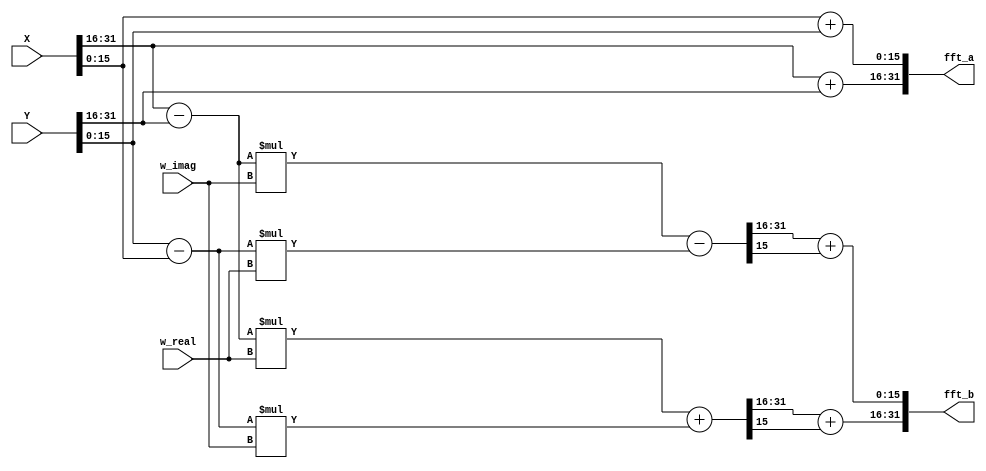
module FFT_PE(X, Y, w_real, w_imag, fft_a, fft_b);
input        [31:0] X;
input        [31:0] Y;
input signed [17:0] w_real;
input signed [17:0] w_imag;
output       [31:0] fft_a;
output       [31:0] fft_b;

wire  signed [15:0] sub_a_c;
wire  signed [15:0] sub_d_b;
wire  signed [15:0] sub_b_d;
wire         [31:0] real_1;  //
wire         [31:0] real_2;  // Optimal
wire         [31:0] imag_1;  //
wire         [31:0] imag_2;  //

parameter n = 0; // 0~16

wire     [31 - n:0] real_tmp;
wire     [31 - n:0] imag_tmp;

assign fft_a[31:16] = X[31:16] + Y[31:16];
assign fft_a[15:0]  = X[15:0]  + Y[15:0];

assign sub_a_c = X[31:16] - Y[31:16];
assign sub_d_b = Y[15:0]  - X[15:0];   //Optimal by ~sub_b_d
//assign sub_b_d = X[15:0]  - Y[15:0];

assign real_1 = sub_a_c * w_real;
assign real_2 = sub_d_b * w_imag;
assign imag_1 = sub_a_c * w_imag;
assign imag_2 = sub_d_b * w_real;

assign real_tmp = real_1[31:n] + real_2[31:n];
assign imag_tmp = imag_1[31:n] - imag_2[31:n];

assign fft_b[31:16] = real_tmp[31 - n:16 - n] + real_tmp[15 - n];
assign fft_b[15:0]  = imag_tmp[31 - n:16 - n] + imag_tmp[15 - n];

endmodule

module FFT_PE1(X, Y, w_real, w_imag, fft_a, fft_b);
input        [15:0] X;
input        [15:0] Y;
input signed [17:0] w_real;
input signed [17:0] w_imag;
output       [31:0] fft_a;
output       [31:0] fft_b;

wire  signed [15:0] sub_a_c;
wire         [31:0] real_1;  //
wire         [31:0] imag_1;  //

assign fft_a = {X + Y, 16'b0};

assign sub_a_c = X - Y;

assign real_1 = sub_a_c * w_real;
assign imag_1 = sub_a_c * w_imag;

assign fft_b[31:16] = real_1[31:16] + real_1[15];
assign fft_b[15:0]  = imag_1[31:16] + imag_1[15];

endmodule